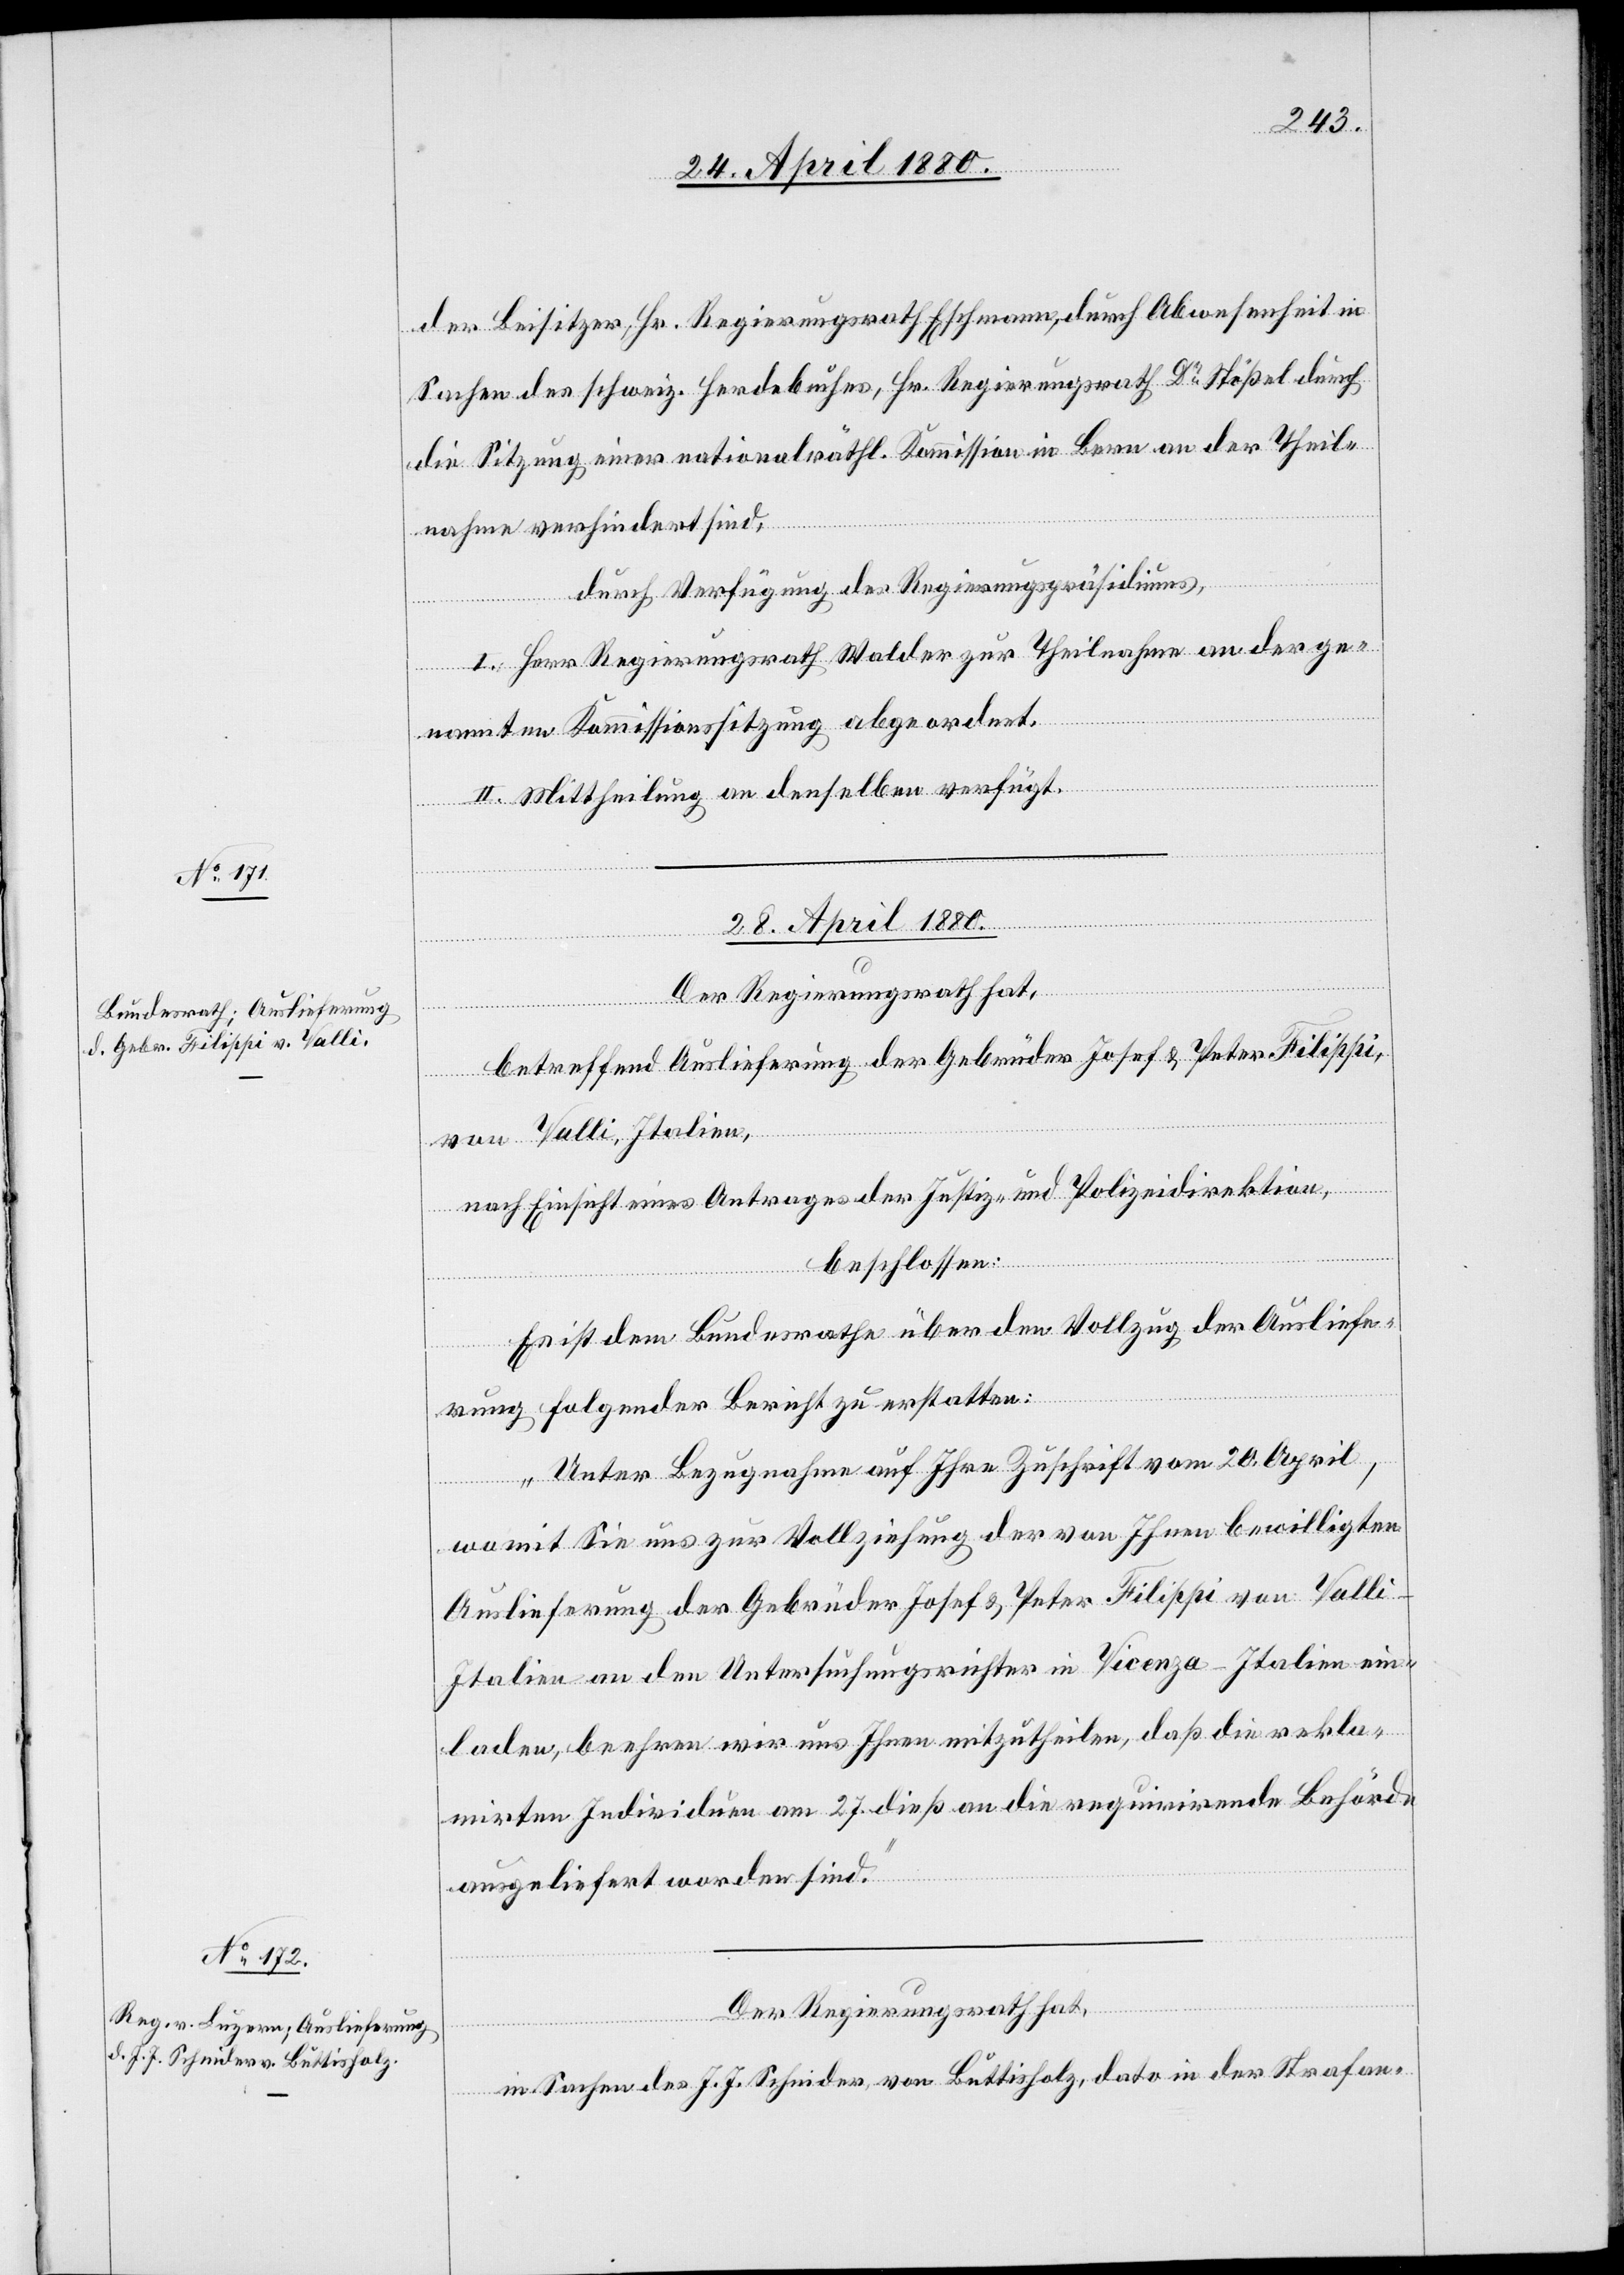
der Beisitzer, Hr. Regierungsrath Eschmann, durch Abwesenheit in
Sachen des schweiz. Herdebuches, Hr. Regierungsrath Dr. Stößel durc¬
h Sitzung einer nationalräthl. Kommission in Bern an der Theil¬
nahme verhindert sind,
durch Verfügung des Regierungspräsidiums,
I. Herr Regierungsrath Walder zur Theilnahme an der ge¬
nannten Kommissionssitzung abgeordnet.
II. Mittheilung an denselben verfügt.
[Präsi¬
erfügungen.
28. April 1880.]
Der Regierungsrath hat,
betreffend Auslieferung der Gebrüder Josef & Peter Filippi,
von Valli, Italien,
nach Einsicht eines Antrages der Justiz- & Polizeidirektion,
beschlossen:
Es ist dem Bundesrathe über den Vollzug der Ausliefe¬
rung folgender Bericht zu erstatten:
„Unter Bezugnahme auf Ihre Zuschrift vom 20. April,
womit Sie uns zur Vollziehung der von Ihnen bewilligten
Auslieferung der Gebrüder Josef & Peter Filippi von Valli
Italien an den Untersuchungsrichter in Vicenza - Italien ein¬
laden, beehren wir uns Ihnen mitzutheilen, daß die rekla¬
mirten Individuen am 27. dieß an die requirirende Behörde
ausgeliefert worden sind.“
in Sachen des J. J. Schnider, von Büttisholz, dato in der Strafan-